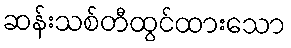
ဆန်းသစ်တီထွင်ထားသော